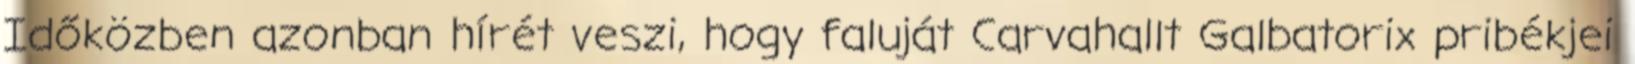
Időközben azonban hírét veszi, hogy faluját Carvahallt Galbatorix pribékjei